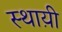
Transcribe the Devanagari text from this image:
स्थाय़ी